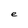
Character: e